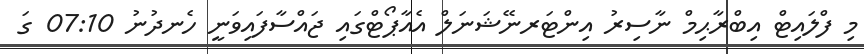
މި ފްލައިޓް އިބްރާޙިމް ނާސިރު އިންޓަރނޭޝަނަލް އެއާޕޯޓްގައި ޖައްސާފައިވަނީ ހެނދުނު 07:10 ގަ